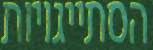
הסתייגויות